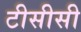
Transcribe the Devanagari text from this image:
टीसीसी